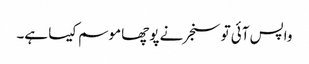
واپس آئی تو سنجر نے پوچھا موسم کیسا ہے۔